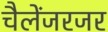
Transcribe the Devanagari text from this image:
चैलेंजरजर